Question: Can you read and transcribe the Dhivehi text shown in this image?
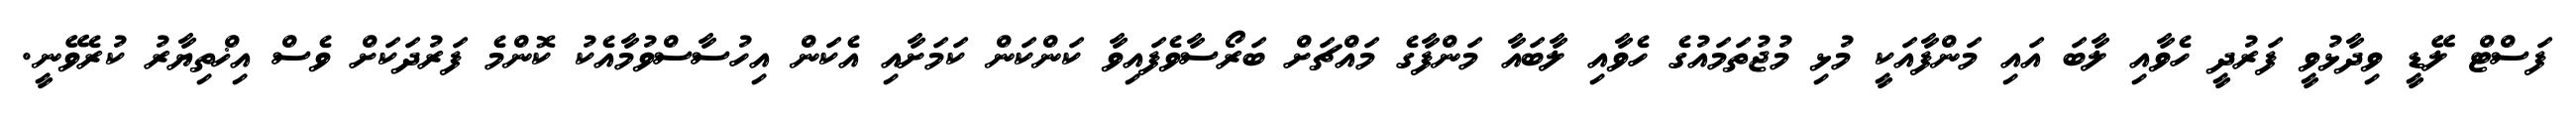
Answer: ފަސްޓް ލޭޑީ ވިދާޅުވީ ފަރުދީ ހެވާއި ލާބަ އައި މަންފާއަކީ މުޅި މުޖުތަމައުގެ ހެވާއި ލާބައާ މަންފާގެ މައްޗަށް ބަރޯސާވެފައިވާ ކަންކަން ކަމަށާއި އެކަން އިހުސާސްވުމާއެކު ކޮންމެ ފަރުދަކަށް ވެސް އިޚްތިޔާރު ކުރެވޭނީ.